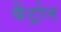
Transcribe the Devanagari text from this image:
केंट्रोन